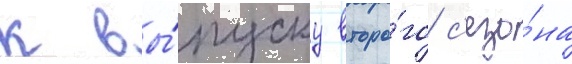
к вы́пуску второ́го с'езо́на